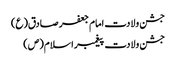
جشن ولادت امام جعفر صادق(ع)
جشن ولادت پیغمبر اسلام(ص)